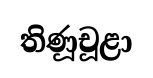
තිණූචූළා